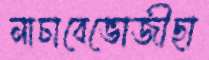
নাচাবেভোজীছা